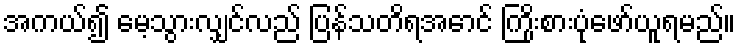
အကယ်၍ မေ့သွားလျှင်လည် ပြန်သတိရအောင် ကြိုးစားပုံဖော်ယူရမည်။